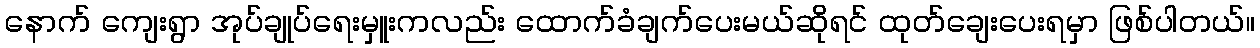
နောက် ကျေးရွာ အုပ်ချုပ်ရေးမှူးကလည်း ထောက်ခံချက်ပေးမယ်ဆိုရင် ထုတ်ချေးပေးရမှာ ဖြစ်ပါတယ်။